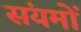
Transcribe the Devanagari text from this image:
संयमों